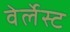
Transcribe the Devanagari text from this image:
वेर्लेस्ट